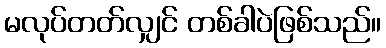
မလုပ်တတ်လျှင် တစ်ခါပဲဖြစ်သည်။